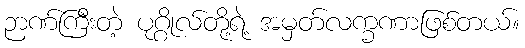
ဉာဏ်ကြီးတဲ့ ပုဂ္ဂိုလ်တို့ရဲ့ အမှတ်လက္ခဏာဖြစ်တယ်။